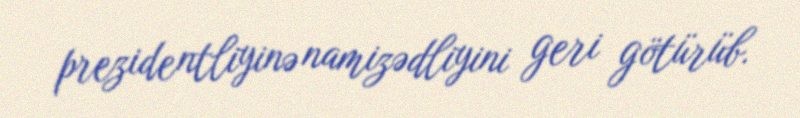
prezidentliyinə namizədliyini geri götürüb.